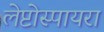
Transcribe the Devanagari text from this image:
लेप्टोस्पायरा